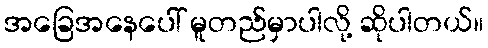
အခြေအနေပေါ် မူတည်မှာပါလို့ ဆိုပါတယ်။